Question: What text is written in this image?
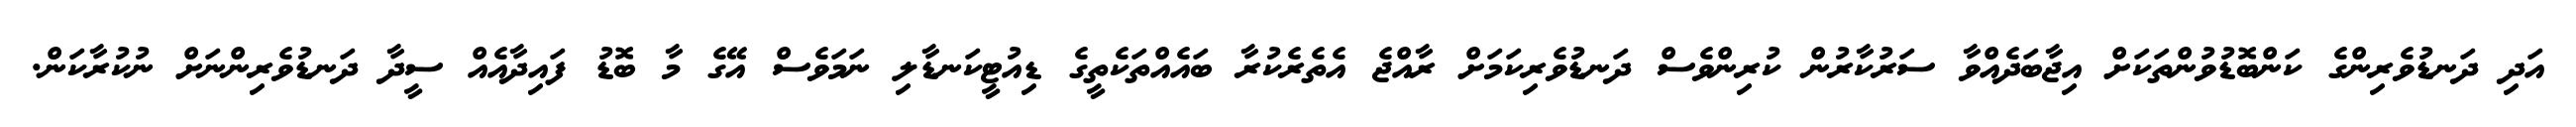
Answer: އަދި ދަނޑުވެރިންގެ ކަންބޮޑުވުންތަކަށް އިޖާބަދެއްވާ ސަރުކާރުން ކުރިންވެސް ދަނޑުވެރިކަމަށް ރާއްޖެ އެތެރެކުރާ ބައެއްތަކެތީގެ ޑިއުޓީކަނޑާލި ނަމަވެސް އޭގެ މާ ބޮޑު ފައިދާއެއް ސީދާ ދަނޑުވެރިންނަށް ނުކުރާކަން.